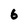
Character: 6